Lunatic asylums Punjab 1881-1894 - 1881-1894
Year: 1881
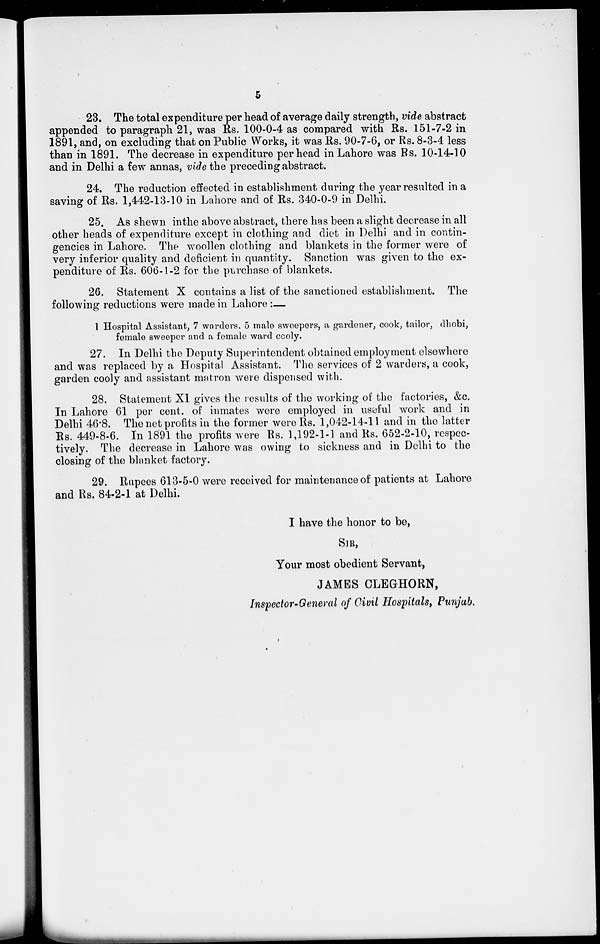
5
23. The total expenditure per head of average daily strength, vide abstract
appended to paragraph 21, was Rs. 100-0-4 as compared with Rs. 151-7-2 in
1891, and, on excluding that on Public Works, it was Rs. 90-7-6, or Rs. 8-3-4 less
than in 1891. The decrease in expenditure per head in Lahore was Rs. 10-14-10
and in Delhi a few annas, vide the preceding abstract.
24. The reduction effected in establishment during the year resulted in a
saving of Rs. 1,442-13-10 in Lahore and of Rs. 340-0-9 in Delhi.
25. As shewn inthe above abstract, there has been a slight decrease in all
other heads of expenditure except in clothing and diet in Delhi and in contin-
gencies in Lahore. The woollen clothing and blankets in the former were of
very inferior quality and deficient in quantity. Sanction was given to the ex-
penditure of Rs. 606-1-2 for the purchase of blankets.
26. Statement X contains a list of the sanctioned establishment. The
following reductions were made in Lahore :—
1 Hospital Assistant, 7 warders, 5 male sweepers, a gardener, cook, tailor, dhobi,
female sweeper and a female ward cooly.
27. In Delhi the Deputy Superintendent obtained employment elsewhere
and was replaced by a Hospital Assistant. The services of 2 warders, a cook,
garden cooly and assistant matron were dispensed with.
28. Statement XI gives the results of the working of the factories, &c.
In Lahore 61 per cent. of inmates were employed in useful work and in
Delhi 46.8. The net profits in the former were Rs. 1,042-14-11 and in the latter
Rs. 449-8-6. In 1891 the profits were Rs. 1,192-1-1 and Rs. 652-2-10, respec-
tively. The decrease in Lahore was owing to sickness and in Delhi to the
closing of the blanket factory.
29. Rupees 613-5-0 were received for maintenance of patients at Lahore
and Rs. 84-2-1 at Delhi.
I have the honor to be,
SIR,
Your most obedient Servant,
JAMES CLEGHORN,
Inspector-General of Civil Hospitals, Punjab.